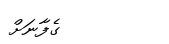
ގެފާނަށް